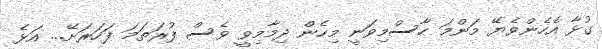
ގުޅާ އެހެންވެޔޭ މަންމަ ހާސްމިވަނީ މިހެން ދިމާމިވީ ވެސް ފުރަތަމަ ފަހަރަށޭ... އަޅެ